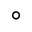
^ { \circ }